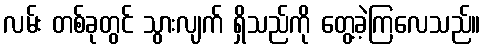
လမ်း တစ်ခုတွင် သွားလျက် ရှိသည်ကို တွေ့ခဲ့ကြလေသည်။